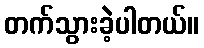
တက်သွားခဲ့ပါတယ်။